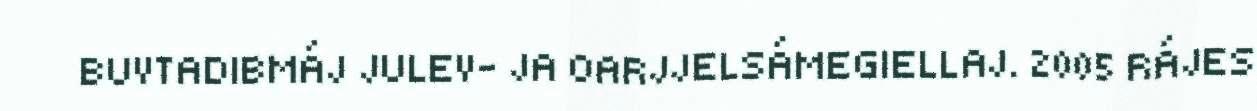
BUVTADIBMÁJ JULEV- JA OARJJELSÁMEGIELLAJ. 2005 RÁJES